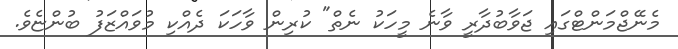
މެނޭޖްމަންޓްގައި ޖަވާބުދާރީ ވާނެ މީހަކު ނެތް" ކުރިން ވާހަކަ ދެއްކި މުވައްޒަފު ބުންޏެވެ.